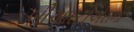
બીઆરટીએસની